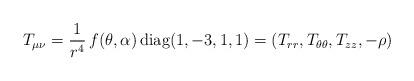
LaTeX: \begin{align*} T_{\mu\nu}=\frac{1}{r^4}\, f(\theta, \alpha)\,\mbox{diag}(1, -3, 1, 1)=(T_{rr}, T_{\theta\theta}, T_{zz}, -\rho)\end{align*}